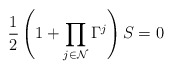
\begin{align*}{1\over 2}\left(1+\prod\limits_{j\in {\cal N}}\Gamma^j\right)S=0\end{align*}